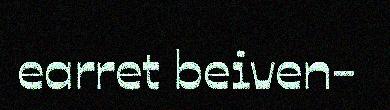
earret beiven-